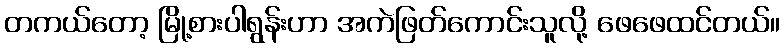
တကယ်တော့ မြို့စားပါရွန်းဟာ အကဲဖြတ်ကောင်းသူလို့ ဖေဖေထင်တယ်။